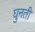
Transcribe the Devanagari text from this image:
घुनती